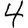
Digit: 4